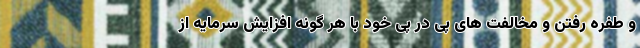
و طفره رفتن و مخالفت های پی در پی خود با هر گونه افزایش سرمایه از